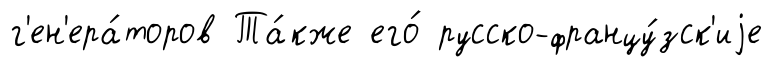
г'ен'ера́торов Та́кже его́ русско-францу́зск'иjе